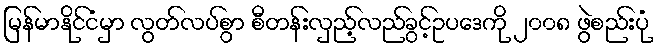
မြန်မာနိုင်ငံမှာ လွတ်လပ်စွာ စီတန်းလှည့်လည်ခွင့်ဥပဒေကို ၂၀၀၈ ဖွဲစည်းပုံ